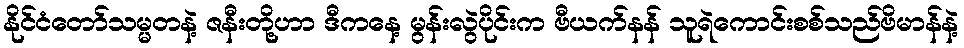
နိုင်ငံတော်သမ္မတနဲ့ ဇနီးတို့ဟာ ဒီကနေ့ မွန်းလွဲပိုင်းက ဗီယက်နန် သူရဲကောင်းစစ်သည်ဗိမာန်နဲ့